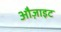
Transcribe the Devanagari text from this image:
औज़ाइट